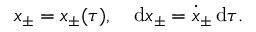
x _ { \pm } = x _ { \pm } ( \tau ) , \quad \mathrm { d } x _ { \pm } = \dot { x } _ { \pm } \, \mathrm { d } \tau .